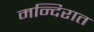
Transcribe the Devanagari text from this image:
मन्दिरात